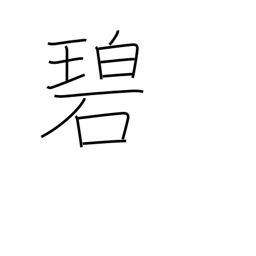
Meaning: green